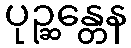
ပုဉ္ဆန္တေန